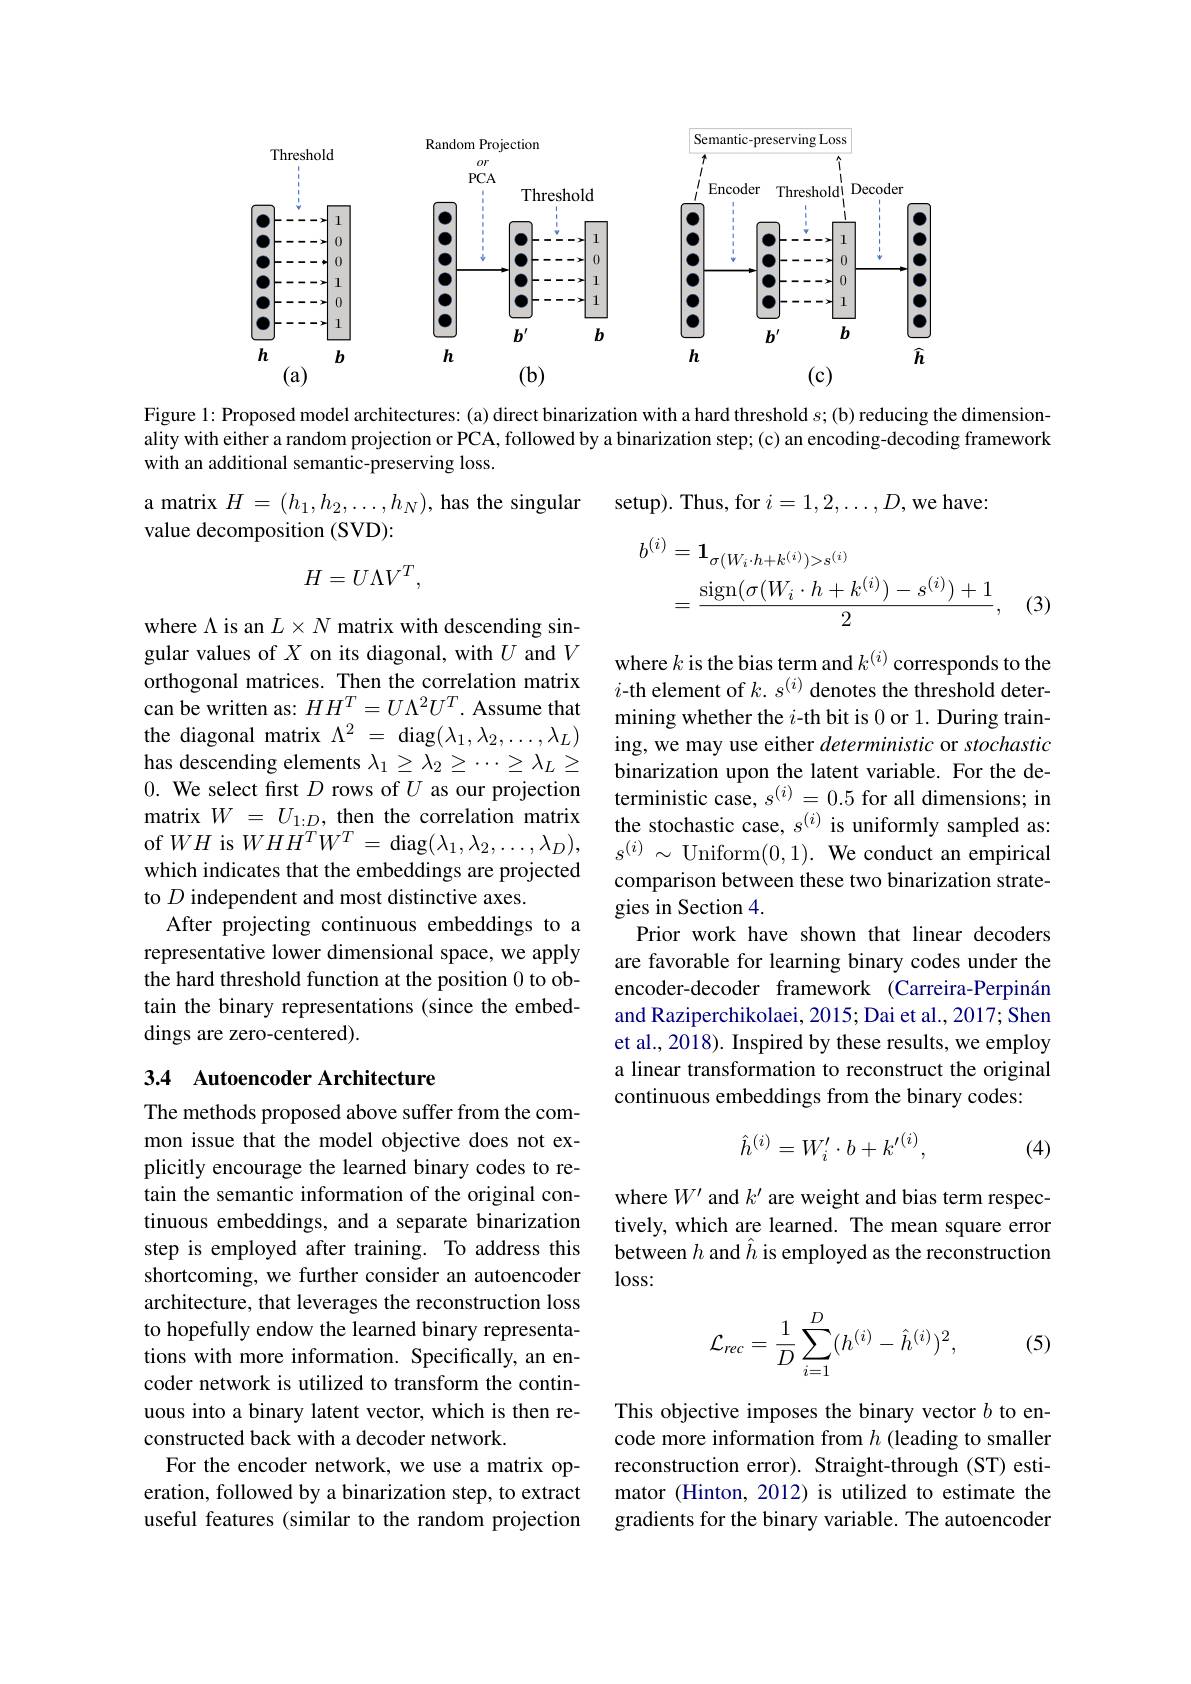
<FigureHere>

Figure 1: Proposed model architectures: (a) direct binarization with a hard threshold $s;$(b) reducing the dimensionality with either a random projection or PCA, followed by a binarization step; (c) an encoding-decoding framework with an additional semantic-preserving loss.
a matrix $H=(h_1,h_2,\ldots,h_N)$, has the singular
setup). Thus, for $i=1,2,\ldots,D$,we have:

value decomposition (SVD):
$$H=U\Lambda V^T,$$
$$\begin{aligned}b^{(i)}&=\mathbf{1}_{\sigma(W_{i}\cdot h+k^{(i)})>s^{(i)}}\\&=\frac{\operatorname{sign}(\sigma(W_{i}\cdot h+k^{(i)})-s^{(i)})+1}{2},\end{aligned}$$
(3)
where $\Lambda$ is an $L\times N$ matrix with descending sin-

gular values of $X$ on its diagonal, with $U$ and $V$ orthogonal matrices. Then the correlation matrix can be written as: $HH^T=U\Lambda^2U^T.$ Assume that the diagonal matrix $\Lambda ^2$ = diag$(\lambda_1,\lambda_2,\ldots,\lambda_L)$ has descending elements $\lambda_1\geq\lambda_2\geq\cdots\geq\lambda_L\geq$ 0. We select first $D$ rows of $U$ as our projection matrix $W$ = $U_{1: D}$, then the correlation matrix of $WH$ is $WHH^TW^T=$diag$(\lambda_1,\lambda_2,\ldots,\lambda_D)$, which indicates that the embeddings are projected to $D$ independent and most distinctive axes.
After projecting continuous embeddings to a representative lower dimensional space, we apply the hard threshold function at the position 0 to obtain the binary representations (since the embeddings are zero-centered).

where $k$ is the bias term and $k^{(i)}$ corresponds to the $i$-th element of $k.s^(i)$ denotes the threshold determining whether the $i$-th bit is 0 or 1. During training, we may use either deterministic or stochastic binarization upon the latent variable. For the deterministic case, $s^{(i)}=0.5$ for all dimensions; in the stochastic case, $s^{(i)}$ is uniformly sampled as: $s^{(i)}~\sim$Uniform(0,1). We conduct an empirical comparison between these two binarization strategies in Section 4.
Prior work have shown that linear decoders are favorable for learning binary codes under the encoder-decoder framework (Carreira-Perpinán and Raziperchikolaei, 2015; Dai et al., 2017; Shen et al., 2018). Inspired by these results, we employ a linear transformation to reconstruct the original continuous embeddings from the binary codes:

## 3.4 Autoencoder Architecture
$$\hat{h}^{(i)}=W_i'\cdot b+{k'}^{(i)},$$
(4)

where $W^{\prime}$ and $k^\prime$ are weight and bias term respectively, which are learned. The mean square error between $h$ and $\hat{h}$ is employed as the reconstruction $\log$ss:

The methods proposed above suffer from the common issue that the model objective does not explicitly encourage the learned binary codes to retain the semantic information of the original continuous embeddings, and a separate binarization step is employed after training. To address this shortcoming, we further consider an autoencoder architecture, that leverages the reconstruction loss to hopefully endow the learned binary representations with more information. Specifically, an encoder network is utilized to transform the continuous into a binary latent vector, which is then reconstructed back with a decoder network.
For the encoder network, we use a matrix operation, followed by a binarization step, to extract useful features (similar to the random projection
$$\mathcal{L}_{rec}=\frac{1}{D}\sum_{i=1}^{D}(h^{(i)}-\hat{h}^{(i)})^{2},$$
(5)

This objective imposes the binary vector $b$ to encode more information from $h$ (leading to smaller reconstruction error). Straight-through (ST) estimator (Hinton, 2012) is utilized to estimate the gradients for the binary variable. The autoencoder